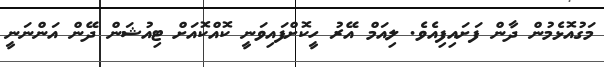
މަގުއޮޅެމުން ދާން ފަށައިފިއެވެ. ލިއަމް އޭރު ހީކޮށްފައިވަނީ ކޮއްކޮއަށް ޓިއުޝަން ދޭން އަންނަނީ